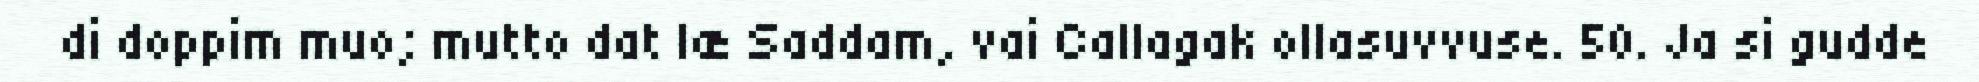
di doppim muo; mutto dat læ Saddam, vai Callagak ollasuvvuse. 50. Ja si gudde